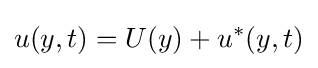
u(y,t)=U(y)+u^{*}(y,t)